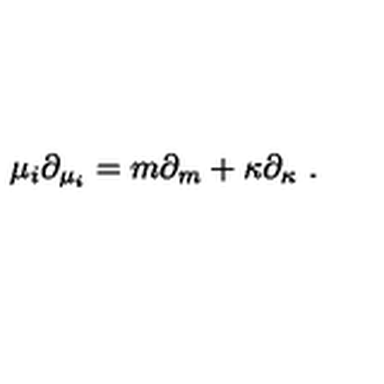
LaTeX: \mu _ { i } \partial _ { \mu _ { i } } = m \partial _ { m } + \kappa \partial _ { \kappa } \ .